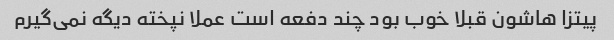
پیتزا هاشون قبلا خوب بود چند دفعه است عملا نپخته دیگه نمی‌گیرم